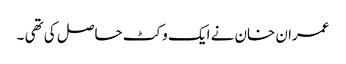
عمران خان نے ایک وکٹ حاصل کی تھی ۔